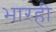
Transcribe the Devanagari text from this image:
भारही